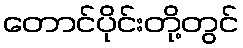
တောင်ပိုင်းတို့တွင်